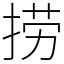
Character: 捞